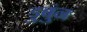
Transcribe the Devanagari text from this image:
डुबुंन